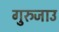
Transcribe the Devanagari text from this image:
गुरुजाउ